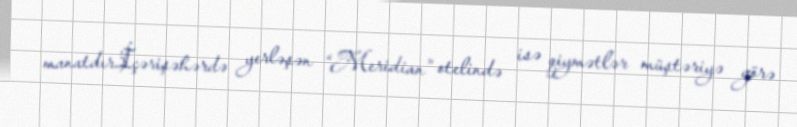
manatdır.İçərişəhərdə yerləşən “Meridian” otelində isə qiymətlər müştəriyə görə